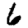
Digit: 6